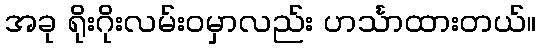
အခု ရိုးဂိုးလမ်းဝမှာလည်း ဟင်္သာထားတယ်။